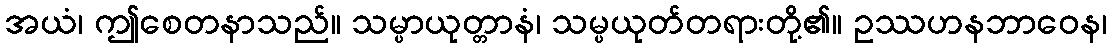
အယံ၊ ဤစေတနာသည်။ သမ္ပာယုတ္တာနံ၊ သမ္ပယုတ်တရားတို့၏။ ဥဿဟနဘာဝေန၊